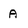
Character: A